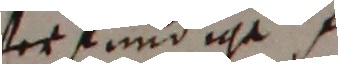
versundige .